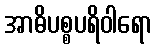
အာဓိပစ္စပရိဝါရော